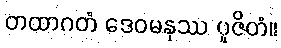
တထာဂတံ ဒေဝမနုဿ ပူဇိတံ။